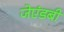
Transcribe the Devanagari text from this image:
जेएंडबी